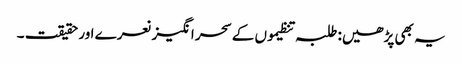
یہ بھی پڑھیں: طلبہ تنظیموں کے سحر انگیز نعرے اور حقیقت ۔